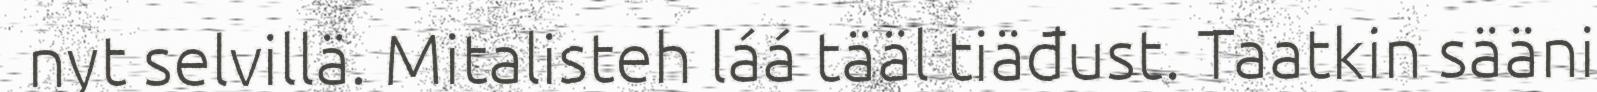
nyt selvillä. Mitalisteh láá tääl tiäđust. Taatkin sääni